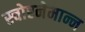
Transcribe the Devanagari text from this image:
स्चोएनेमान्न